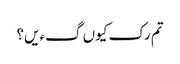
تم رک کیوں گءیں؟